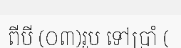
ពីបី (០៣)រូប ទៅប្រាំ (